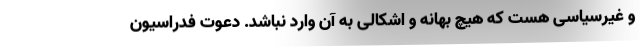
و غیرسیاسی هست که هیچ بهانه و اشکالی به آن وارد نباشد. دعوت فدراسیون